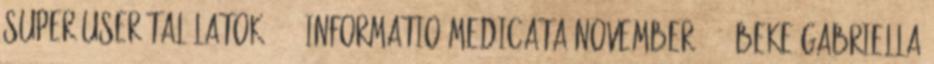
Super User Találatok: 797 Informatio Medicata november 9-10.Beke Gabriella